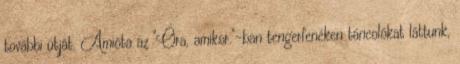
további útját. Amióta az "Óra, amikor."-ban tengerfenéken táncolókat láttunk,